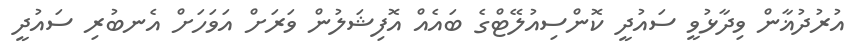
އުރުދުޣާން ވިދާޅުވީ ސައުދީ ކޮންސިއުލޭޓްގެ ބައެއް އޮފިޝަލުން ވަރަށް އަވަހަށް އެނބުރި ސައުދީ